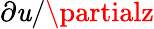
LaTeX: \partial\mathit{u}/\partialz